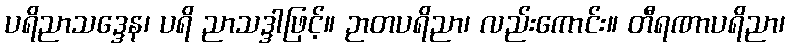
ပရိညာသဒ္ဒေန၊ ပရိ ညာသဒ္ဒါဖြင့်။ ဉာတပရိညာ၊ လည်းကောင်း။ တီရဏာပရိညာ၊